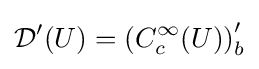
{\mathcal {D}}^{\prime }(U)=\left(C_{c}^{\infty }(U)\right)_{b}^{\prime }